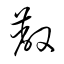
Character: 蔽